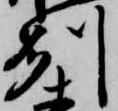
州